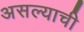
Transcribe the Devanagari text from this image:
असल्‍याची